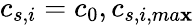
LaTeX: c_{s,i}=c_{0},c_{s,i,ma\mathbf{x}}